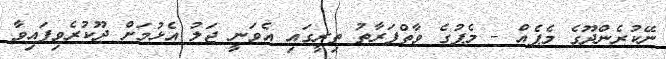
ނޭކުރެންދޫގެ މެޕެއް - މެޕުގެ ވާތްފަރާތު ތިރީގައި އެވަނީ ޖަލު އެޅުމަށް ދޫކުރެވިފައިވާ